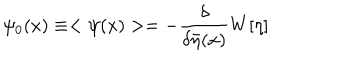
LaTeX: \psi _ { 0 } ( x ) \equiv < \psi ( x ) > = - \frac { \delta } { \delta \bar { \eta } ( x ) } W [ \eta ]